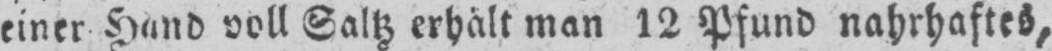
einer Hand voll Saltz erhält man 12 Pfund nahrhaftes,